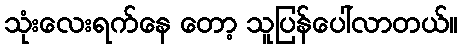
သုံးလေးရက်နေ တော့ သူပြန်ပေါ်လာတယ်။